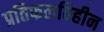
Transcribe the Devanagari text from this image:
प्रतिफलविहीन